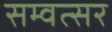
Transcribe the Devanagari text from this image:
सम्वत्सर